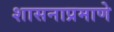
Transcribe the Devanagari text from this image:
शासनाप्रमाणे